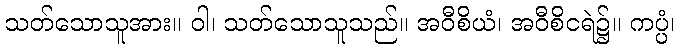
သတ်သောသူအား။ ဝါ၊ သတ်သောသူသည်။ အဝီစိယံ၊ အဝီစိငရဲ၌။ ကပ္ပံ၊